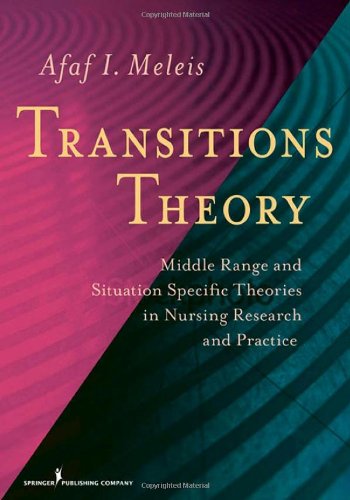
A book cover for Transitions Theory: Middle Range and Situation Specific Theories in Nursing Research and Practice (Meleis, Transitions Theory); Afaf Meleis PhD  DrPS (hon)  FAAN; Medical Books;